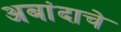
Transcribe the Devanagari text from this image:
अबांदाचे